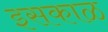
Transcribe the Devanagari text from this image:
इसकाळ